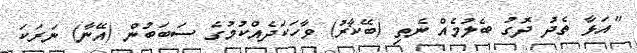
"އަޅާ ތެދު ދޮގު ބެލުމެއް ނެތި (ބޭކާރު) ވާހަކަދެއްކުމުގެ ސަބަބުން (އޭނާ) ނަރަކަ